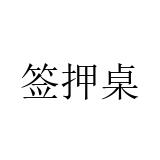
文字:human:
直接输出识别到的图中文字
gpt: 签押桌